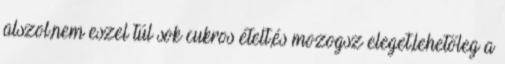
alszol,nem eszel túl sok cukros ételt,és mozogsz eleget,lehetőleg a